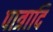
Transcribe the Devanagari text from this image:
पात्रादि